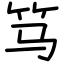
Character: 笃